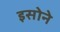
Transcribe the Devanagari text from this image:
इसोने